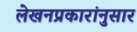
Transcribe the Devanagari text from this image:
लेखनप्रकारांनुसार